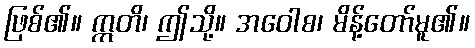
ဖြစ်၏။ ဣတိ၊ ဤသို့။ အဝေါစ၊ မိန့်တော်မူ၏။